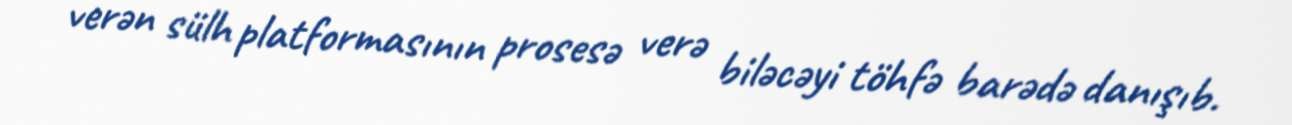
verən sülh platformasının prosesə verə biləcəyi töhfə barədə danışıb.